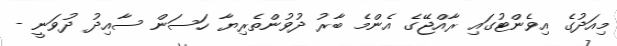
މިއަދުގެ އިވެންޓުގައި ރާއްޖޭގެ އެންމެ ބާރު ދުވުންތެރިޔާ ހަސަން ސާއިދު ދުވަނީ -